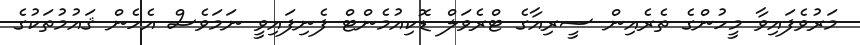
މަރުވެފައިވާ މީހުންގެ ތެރެއިން ސީރިއާގެ ޓްރެވަލް ޑޮކިއުމެންޓް ފެނިފައިވީ ނަމަވެސް އެހެން ޤައުމުތަކުގެ